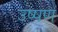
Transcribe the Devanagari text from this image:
उष्षण